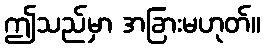
ဤသည်မှာ အခြားမဟုတ်။